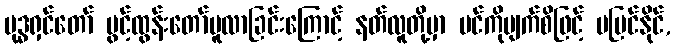
ဗုဒ္ဓရှင်တော် ပွင့်ထွန်းတော်မူလာခြင်းကြောင့် နတ်လူတို့မှာ ပင်ကိုမျက်စိဖြင့် မမြင်နိုင်,